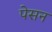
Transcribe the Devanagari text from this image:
पेसन